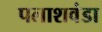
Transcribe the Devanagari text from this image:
पलाशवंडा